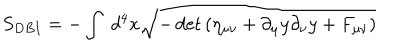
S _ { D B I } = - \int \; d ^ { 4 } x \sqrt { - \det \left( \eta _ { \mu \nu } + \partial _ { \mu } y \partial _ { \nu } y + F _ { \mu \nu } \right) }